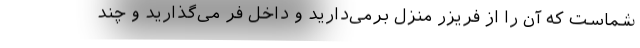
شماست که آن را از فریزر منزل برمی‌دارید و داخل فر می‌گذارید و چند